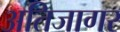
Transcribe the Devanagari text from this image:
अतिजागर